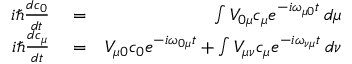
\begin{array} { r l r } { i \hbar \frac { d c _ { 0 } } { d t } } & { { } = } & { \int V _ { 0 \mu } c _ { \mu } e ^ { - i \omega _ { \mu 0 } t } \, d \mu } \\ { i \hbar \frac { d c _ { \mu } } { d t } } & { { } = } & { V _ { \mu 0 } c _ { 0 } e ^ { - i \omega _ { 0 \mu } t } + \int V _ { \mu \nu } c _ { \mu } e ^ { - i \omega _ { \nu \mu } t } \, d \nu } \end{array}